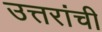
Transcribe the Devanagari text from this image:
उत्तरांची